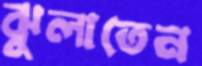
ঝুলাতেন